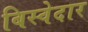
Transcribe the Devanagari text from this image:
बिस्‍वेदार